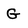
Character: G